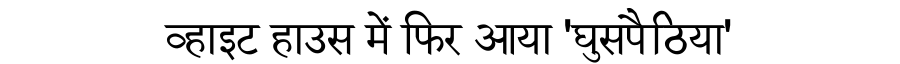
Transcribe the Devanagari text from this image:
व्हाइट हाउस में फिर आया 'घुसपैठिया'